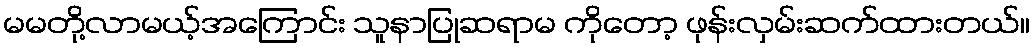
မမတို့လာမယ့်အကြောင်း သူနာပြုဆရာမ ကိုတော့ ဖုန်းလှမ်းဆက်ထားတယ်။